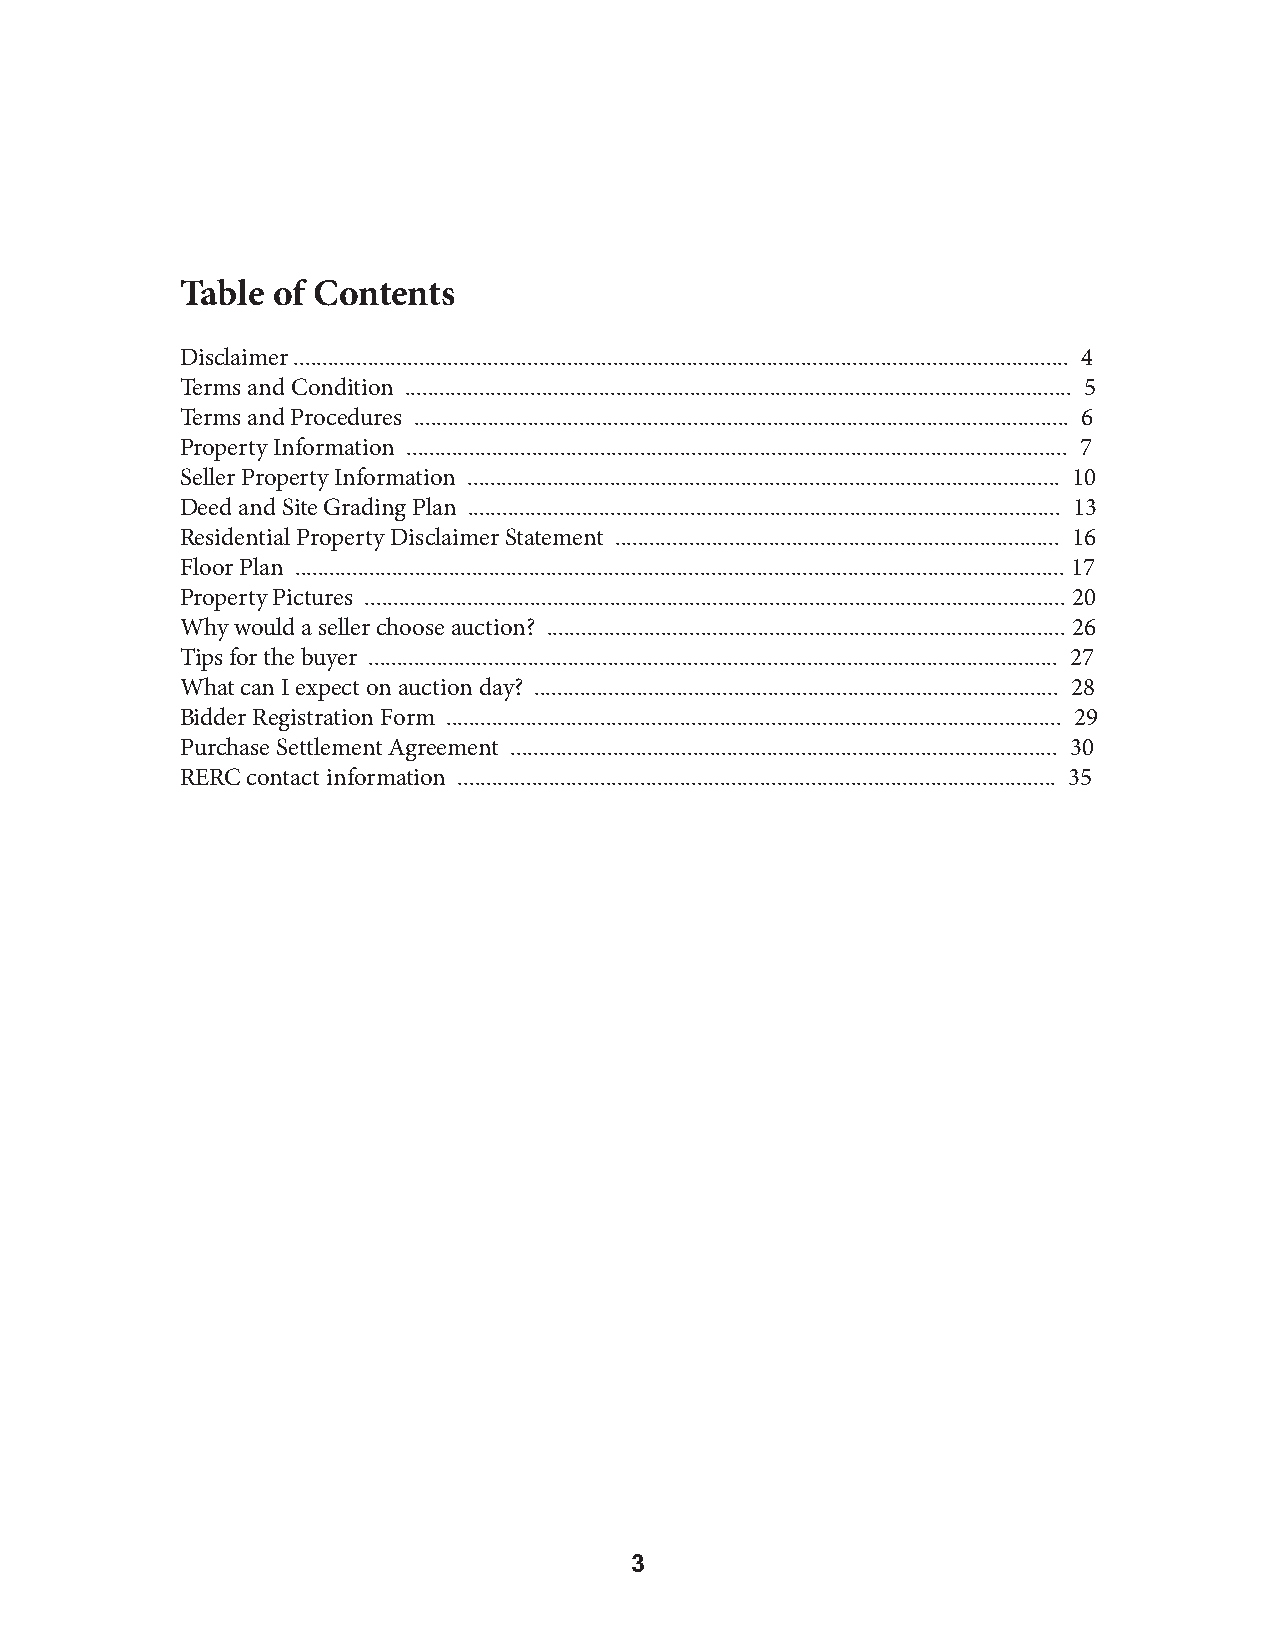
Table of Contents
 Disclaimer ........................................................................................................................................ 4
 Terms and Condition ..................................................................................................................... 5
 Terms and Procedures ................................................................................................................... 6
 Property Information .................................................................................................................... 7
 Seller Property Information ........................................................................................................ 10
 Deed and Site Grading Plan ........................................................................................................ 13
 Residential Property Disclaimer Statement .............................................................................. 16
 Floor Plan ....................................................................................................................................... 17
 Property Pictures ........................................................................................................................... 20
 Why would a seller choose auction? ........................................................................................... 26
 Tips for the buyer ......................................................................................................................... 27
 What can I expect on auction day? ............................................................................................ 28
 Bidder Registration Form ............................................................................................................ 29
 Purchase Settlement Agreement ................................................................................................ 30
 RERC contact information ......................................................................................................... 35
 3